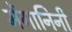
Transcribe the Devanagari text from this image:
मेंगानिनी